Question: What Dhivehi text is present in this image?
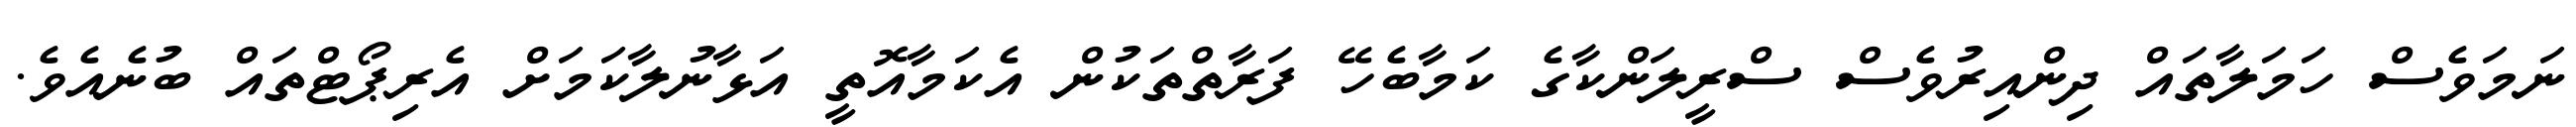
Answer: ނަމަވެސް ހަމަލާތައް ދިންއިރުވެސް ސްރީލަންކާގެ ކަމާބެހޭ ފަރާތްތަކުން އެކަމާއޮތީ އަޅާނުލާކަމަށް އެރިޕޯޓްތައް ބުނެއެވެ.